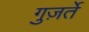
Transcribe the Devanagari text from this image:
गुज़र्ते